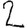
Digit: 2